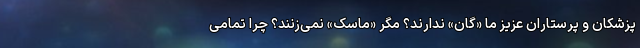
پزشکان و پرستاران عزیز ما «گان» ندارند؟ مگر «ماسک» نمی‌زنند؟ چرا تمامی